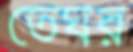
তেঘর